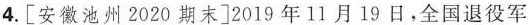
重要方面，是引导社会舆论的必要手段，是凝聚奋进